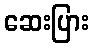
ဆေးပြား